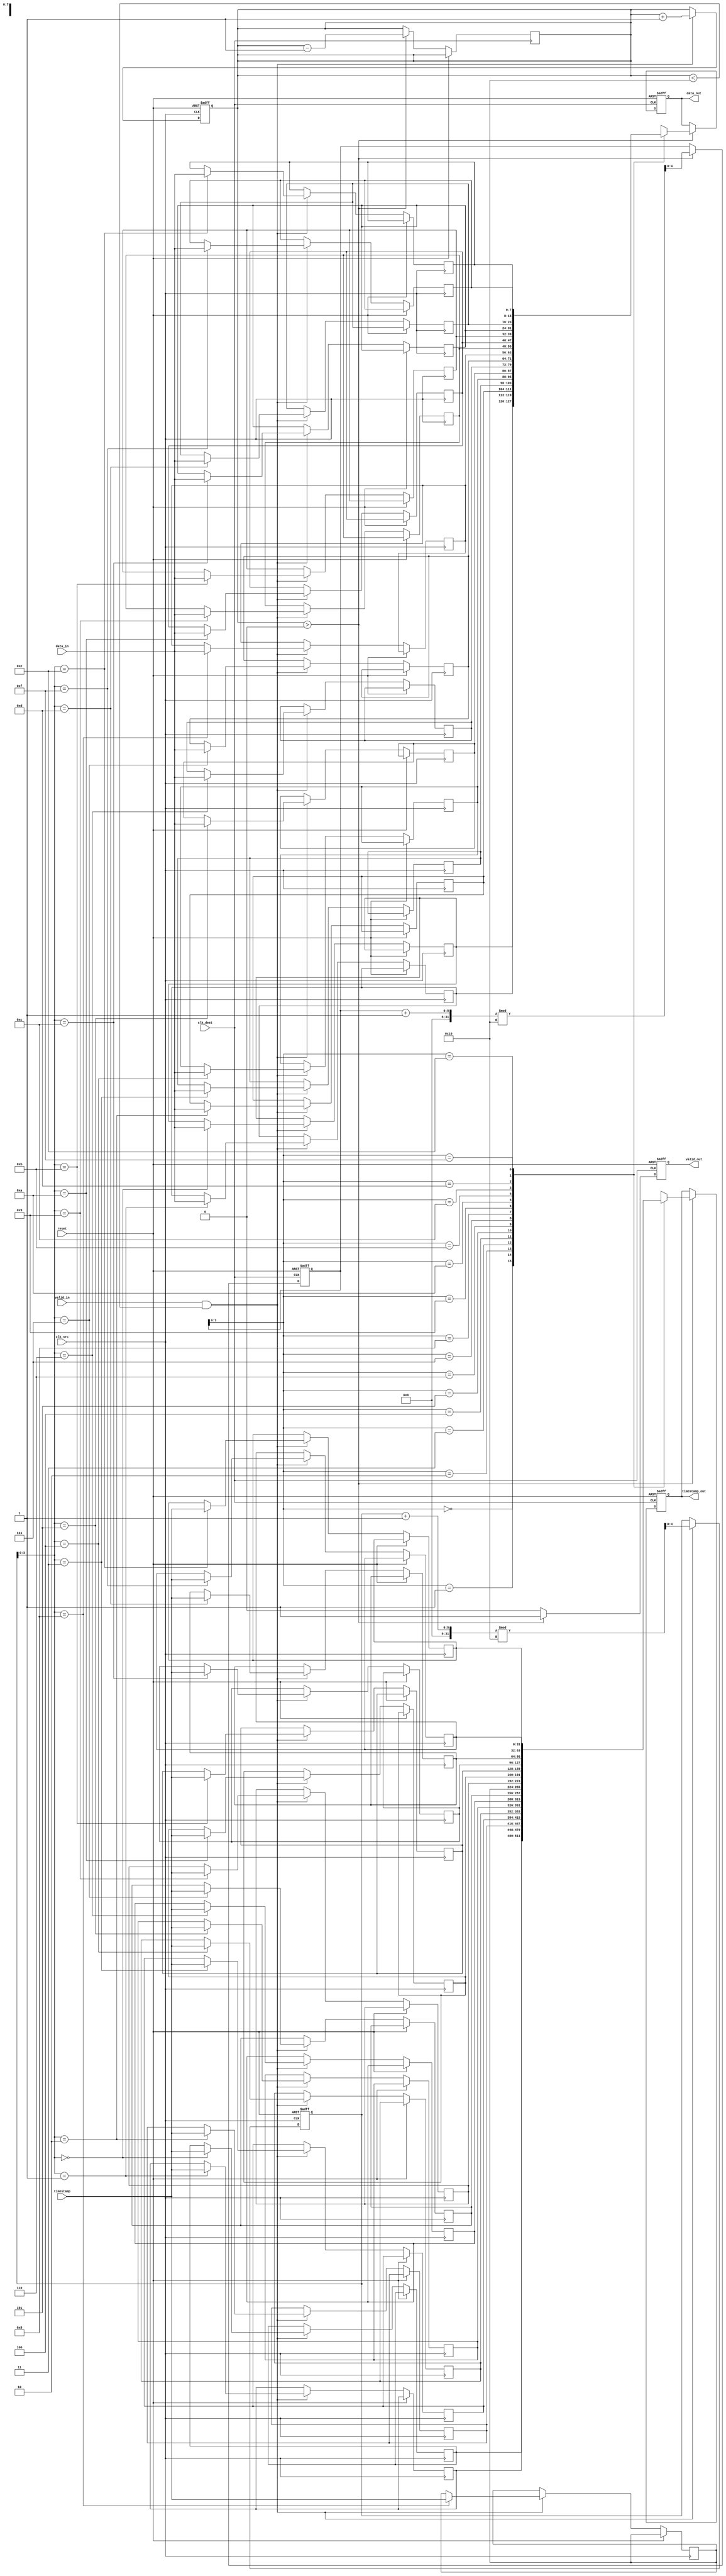
module timestamped_synchronizer #(
    parameter DATA_WIDTH = 8,         // Width of the data
    parameter TIMESTAMP_WIDTH = 32,    // Width of the timestamp
    parameter FIFO_DEPTH = 16          // Depth of the FIFO
)(
    input wire [DATA_WIDTH-1:0] data_in,
    input wire [TIMESTAMP_WIDTH-1:0] timestamp,
    input wire clk_src,
    input wire clk_dest,
    input wire valid_in,
    input wire reset,
    
    output reg [DATA_WIDTH-1:0] data_out,
    output reg [TIMESTAMP_WIDTH-1:0] timestamp_out,
    output reg valid_out
);

// FIFO Memory
reg [DATA_WIDTH-1:0] fifo_data [FIFO_DEPTH-1:0];
reg [TIMESTAMP_WIDTH-1:0] fifo_timestamp [FIFO_DEPTH-1:0];
reg [4:0] write_pointer;
reg [4:0] read_pointer;
reg [4:0] fifo_count;

// FIFO Write Control
always @(posedge clk_src or posedge reset) begin
    if (reset) begin
        write_pointer <= 0;
        fifo_count <= 0;
    end else if (valid_in && (fifo_count < FIFO_DEPTH)) begin
        fifo_data[write_pointer] <= data_in;
        fifo_timestamp[write_pointer] <= timestamp;
        write_pointer <= (write_pointer + 1) % FIFO_DEPTH;
        fifo_count <= fifo_count + 1;
    end
end

// FIFO Read Control
always @(posedge clk_dest or posedge reset) begin
    if (reset) begin
        read_pointer <= 0;
        valid_out <= 0;
        data_out <= 0;
        timestamp_out <= 0;
    end else if (fifo_count > 0) begin
        data_out <= fifo_data[read_pointer];
        timestamp_out <= fifo_timestamp[read_pointer];
        valid_out <= 1;
        read_pointer <= (read_pointer + 1) % FIFO_DEPTH;
        fifo_count <= fifo_count - 1;
    end else begin
        valid_out <= 0; // No valid data to output
    end
end

endmodule